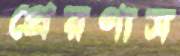
প্রেরণাস